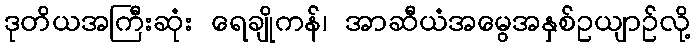
ဒုတိယအကြီးဆုံး ရေချိုကန်၊ အာဆီယံအမွေအနှစ်ဥယျာဉ်လို့